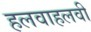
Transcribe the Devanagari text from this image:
हलवाहलवी